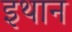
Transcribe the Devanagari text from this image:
इथान